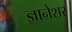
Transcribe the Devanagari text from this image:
ज्ञानेशर